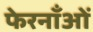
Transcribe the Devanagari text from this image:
फेरनाँओं